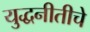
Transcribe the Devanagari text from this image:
युद्धनीतीचे